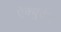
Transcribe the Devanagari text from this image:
ऐक्युटेन